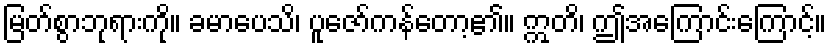
မြတ်စွာဘုရားကို။ ခမာပေသိ၊ ပူဇော်ကန်တော့၏။ ဣတိ၊ ဤအကြောင်းကြောင့်။